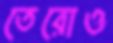
তেরোও